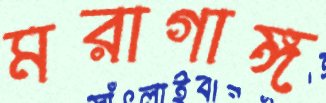
মরাগাঙ্গ